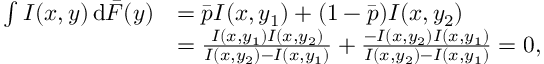
\begin{array} { r l } { \int I ( x , y ) \, \mathrm { d } \bar { F } ( y ) } & { = \bar { p } I ( x , y _ { 1 } ) + ( 1 - \bar { p } ) I ( x , y _ { 2 } ) } \\ & { = \frac { I ( x , y _ { 1 } ) I ( x , y _ { 2 } ) } { I ( x , y _ { 2 } ) - I ( x , y _ { 1 } ) } + \frac { - I ( x , y _ { 2 } ) I ( x , y _ { 1 } ) } { I ( x , y _ { 2 } ) - I ( x , y _ { 1 } ) } = 0 , } \end{array}